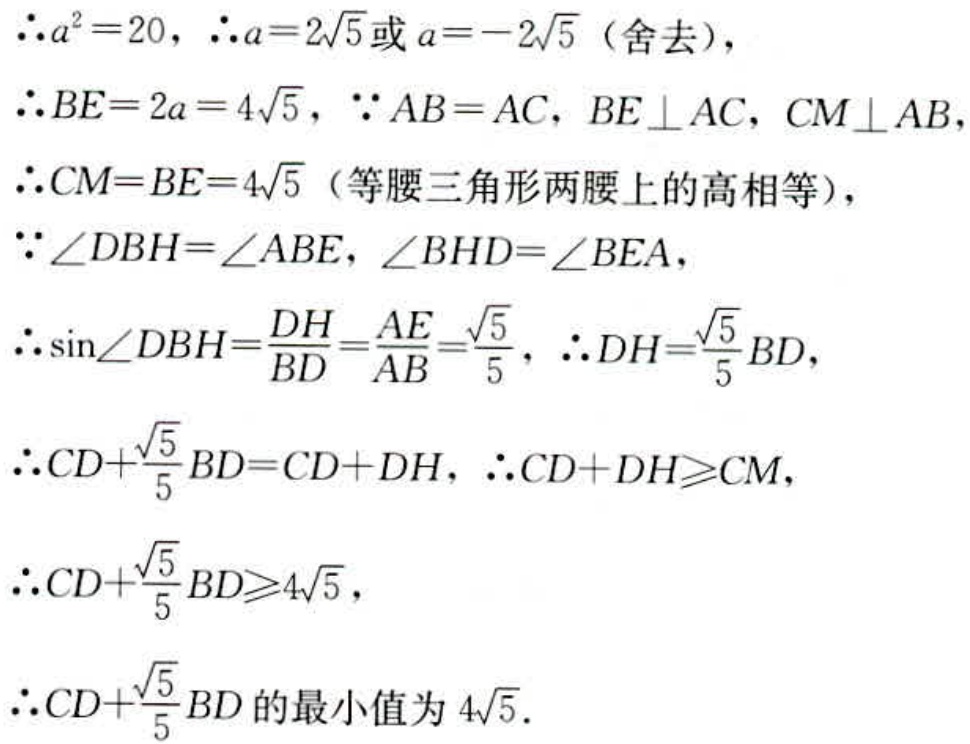
$\begin{align*}
&\therefore a^{2}=20,\ \therefore a = 2\sqrt{5}\text{或}a=-2\sqrt{5}\text{（舍去）},\\
&\therefore BE = 2a=4\sqrt{5},\ \because AB = AC,\ BE\perp AC,\ CM\perp AB,\\
&\therefore CM = BE = 4\sqrt{5}\text{（等腰三角形两腰上的高相等）},\\
&\because\angle DBH=\angle ABE,\ \angle BHD=\angle BEA,\\
&\therefore\sin\angle DBH=\frac{DH}{BD}=\frac{AE}{AB}=\frac{\sqrt{5}}{5},\ \therefore DH=\frac{\sqrt{5}}{5}BD,\\
&\therefore CD+\frac{\sqrt{5}}{5}BD=CD + DH,\ \therefore CD + DH\geqslant CM,\\
&\therefore CD+\frac{\sqrt{5}}{5}BD\geqslant4\sqrt{5},\\
&\therefore CD+\frac{\sqrt{5}}{5}BD\text{的最小值为}4\sqrt{5}.
\end{align*}$